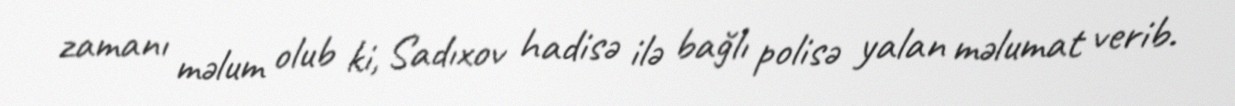
zamanı məlum olub ki, Sadıxov hadisə ilə bağlı polisə yalan məlumat verib.